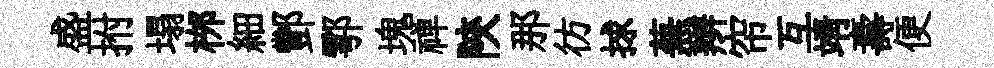
盛拊塌桞細酆鄠塊禅陝那彷捄蕪辫帘互靖壽便